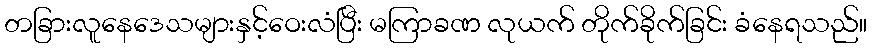
တခြားလူနေဒေသများနှင့်ဝေးလံပြီး မကြာခဏ လုယက် တိုက်ခိုက်ခြင်း ခံနေရသည်။